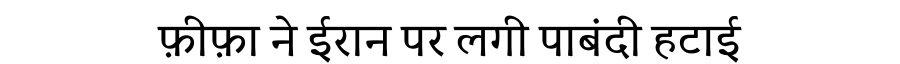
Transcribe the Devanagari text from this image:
फ़ीफ़ा ने ईरान पर लगी पाबंदी हटाई